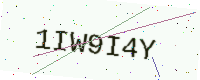
Text: 1IW9I4Y